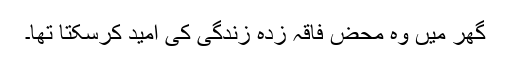
گھر میں وہ محض فاقہ زدہ زندگی کی امید کرسکتا تھا۔